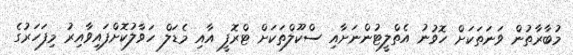
މުބާރާތުން ވަނަތަކަށް ހޮވުނު އެތްލީޓުންނަށާއި ސްކޫލްތަކަށް ޓްރޮފީ އާއި މެޑަލް ހަވާލުކޮށްފައިވާއިރު މިފަހަރުގެ